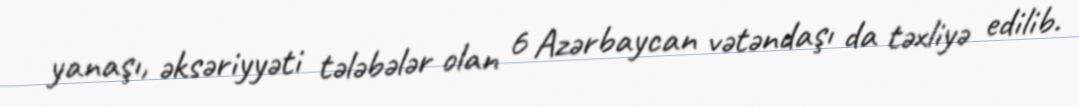
yanaşı, əksəriyyəti tələbələr olan 6 Azərbaycan vətəndaşı da təxliyə edilib.